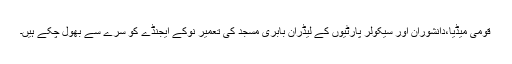
قومی میڈیا،دانشوران اور سیکولر پارٹیوں کے لیڈران بابری مسجد کی تعمیر نوکے ایجنڈے کو سرے سے بھول چکے ہیں۔